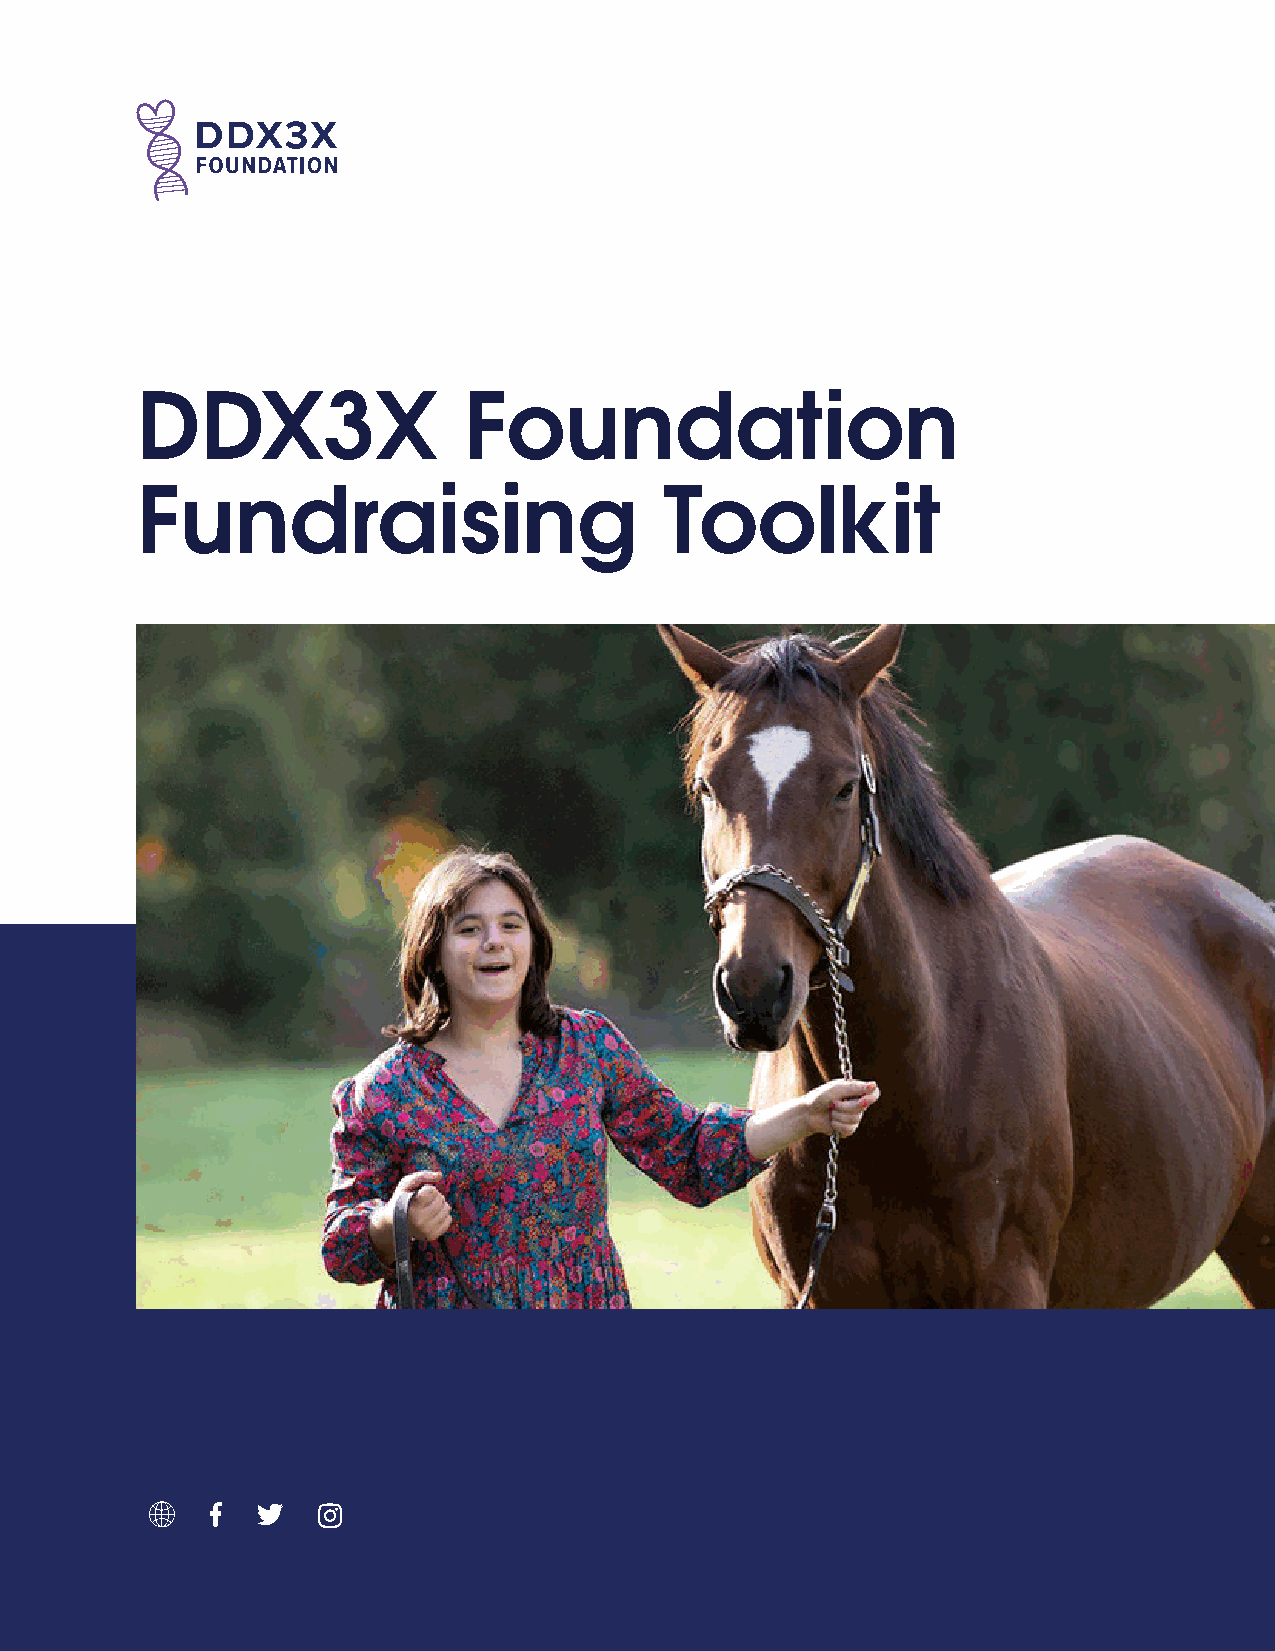
DDX3X                 Foundation
 Fundraising                        Toolkit